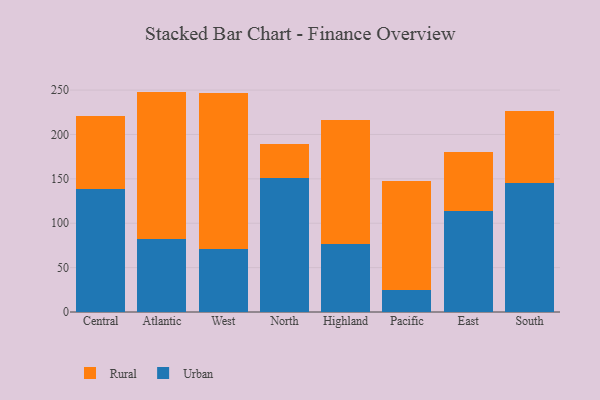
{"axis": {"x": "Region", "y": "Satisfaction Score"}, "legend": ["Rural", "Urban"], "data": [{"x": "Central", "y": 138.4, "type": "Urban"}, {"x": "Central", "y": 82.3, "type": "Rural"}, {"x": "Atlantic", "y": 82.6, "type": "Urban"}, {"x": "Atlantic", "y": 165.7, "type": "Rural"}, {"x": "West", "y": 70.8, "type": "Urban"}, {"x": "West", "y": 175.8, "type": "Rural"}, {"x": "North", "y": 150.8, "type": "Urban"}, {"x": "North", "y": 38.0, "type": "Rural"}, {"x": "Highland", "y": 76.6, "type": "Urban"}, {"x": "Highland", "y": 139.9, "type": "Rural"}, {"x": "Pacific", "y": 25.3, "type": "Urban"}, {"x": "Pacific", "y": 121.9, "type": "Rural"}, {"x": "East", "y": 113.4, "type": "Urban"}, {"x": "East", "y": 67.4, "type": "Rural"}, {"x": "South", "y": 145.2, "type": "Urban"}, {"x": "South", "y": 80.7, "type": "Rural"}]}